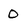
Character: 0